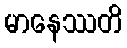
မာနေဿတိ